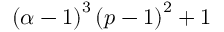
\left( \alpha - 1 \right) ^ { 3 } \left( p - 1 \right) ^ { 2 } + 1